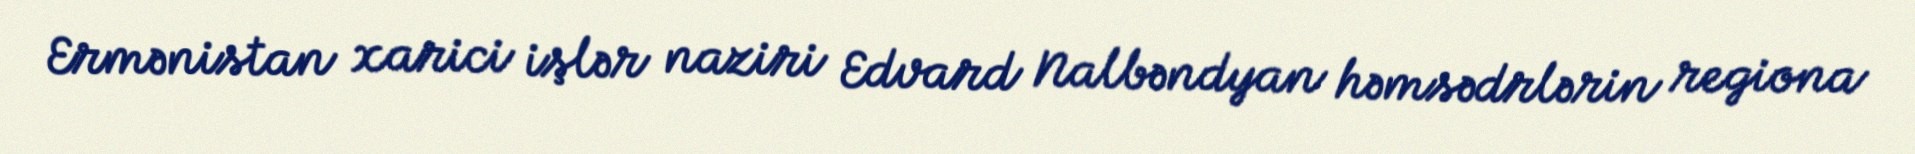
Ermənistan xarici işlər naziri Edvard Nalbəndyan həmsədrlərin regiona